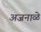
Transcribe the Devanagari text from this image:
अजनाळे